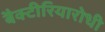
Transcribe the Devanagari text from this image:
बैक्टीरियारोधी